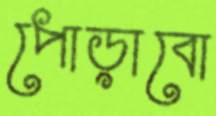
পোড়াবো